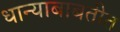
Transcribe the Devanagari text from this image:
धान्याबाबतीत